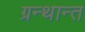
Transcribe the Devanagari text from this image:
ग्रन्थान्त